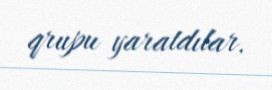
qrupu yaratdılar.